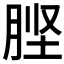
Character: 𭨶